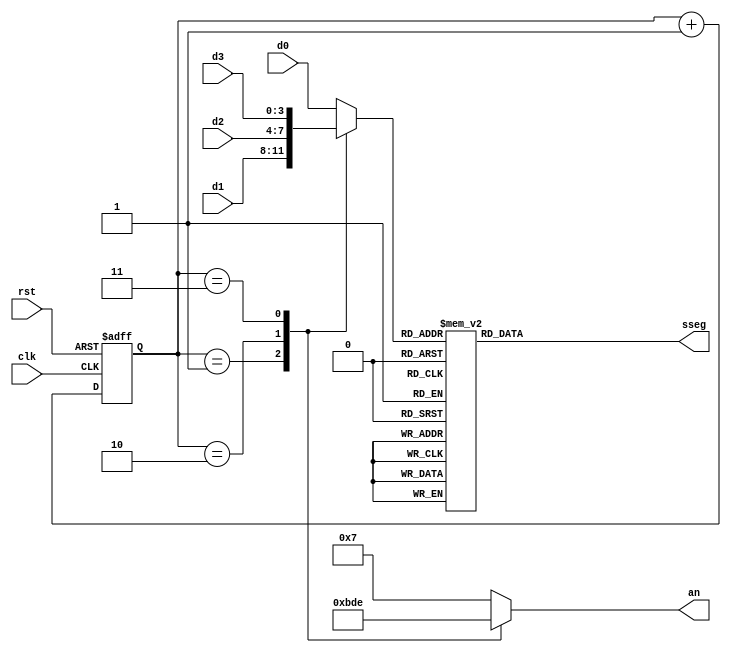
`timescale 1ns / 1ps

module Display(
	input [3:0] d0,
	input [3:0] d1,
	input [3:0] d2,
	input [3:0] d3,
	input clk,
	input rst,
	output reg [6:0] sseg,
	output reg [3:0] an
   );
	

reg [3:0] mux_out;
reg [1:0] sel;




// Seleciona valor
always@(*)
	case(sel)
		default: mux_out <= d0;
		1: mux_out <= d1;
		2: mux_out <= d2;
		3: mux_out <= d3;
	endcase


// Selecciona Display
always@(*)
	case(sel)
		default: an <= 4'b0111;		//7
		1: an <= 4'b1011;    //11
		2: an <= 4'b1101;		//13
		3: an <= 4'b1110;	//14
	endcase

always@(posedge clk, posedge rst)
	if(rst)
		sel <= 0;
	else
		sel <= sel + 1;
		
// 7-segment encoding
//      0
//     ---
//  5 |   | 1
//     --- <--6
//  4 |   | 2
//     ---
//      3
// se enciende con 0

always@(*)
	case (mux_out)
		4'b0001 : sseg <= 7'b1111001;   // 1
      4'b0010 : sseg <= 7'b0100100;   // 2
      4'b0011 : sseg <= 7'b0110000;   // 3
      4'b0100 : sseg <= 7'b0011001;   // 4
      4'b0101 : sseg <= 7'b0010010;   // 5
      4'b0110 : sseg <= 7'b0000010;   // 6
      4'b0111 : sseg <= 7'b1111000;   // 7
      4'b1000 : sseg <= 7'b0000000;   // 8
      4'b1001 : sseg <= 7'b0010000;   // 9
      default : sseg <= 7'b1000000;   // 0
	endcase
endmodule